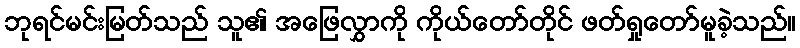
ဘုရင်မင်းမြတ်သည် သူ၏ အဖြေလွှာကို ကိုယ်တော်တိုင် ဖတ်ရှုတော်မူခဲ့သည်။